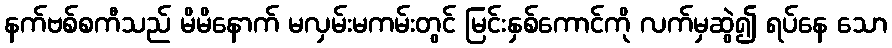
နက်ဗစ်စကီသည် မိမိနောက် မလှမ်းမကမ်းတွင် မြင်းနှစ်ကောင်ကို လက်မှဆွဲ၍ ရပ်နေ သော